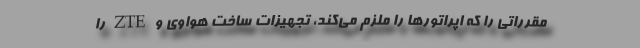
مقرراتی را که اپراتورها را ملزم می‌کند، تجهیزات ساخت هواوی و ZTE را